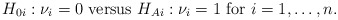
\begin{align*} H_{0i}: \nu_i=0 \mbox{ versus } H_{Ai}: \nu_i=1 \mbox{ for } i=1,\dots,n.\end{align*}